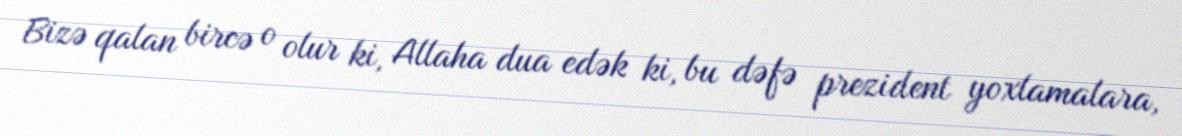
Bizə qalan bircə o olur ki, Allaha dua edək ki, bu dəfə prezident yoxlamalara,